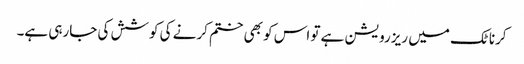
کرناٹک میں ریزرویشن ہے تو اس کو بھی ختم کرنے کی کوشش کی جارہی ہے۔